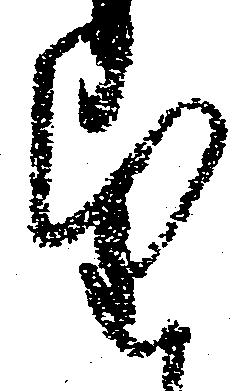
望